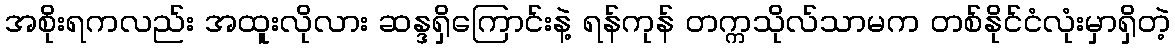
အစိုးရကလည်း အထူးလိုလား ဆန္ဒရှိကြောင်းနဲ့ ရန်ကုန် တက္ကသိုလ်သာမက တစ်နိုင်ငံလုံးမှာရှိတဲ့